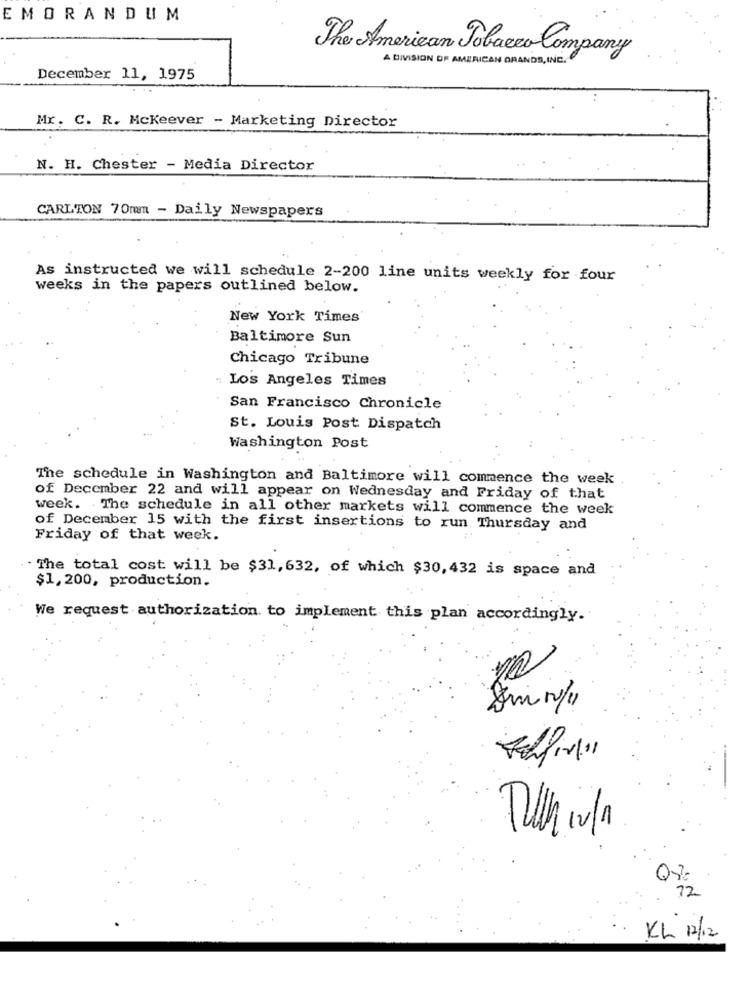
EMORANDUM
The American Tobacco Company
A DIVISION OF AMERICAN GRANDS, INC.
December 11, 1975
Mr. C. R. Mckeever - Marketing Director
N. H. Chester - Media Director
CARLTON 70mm - Daily Newspapers
As instructed we will schedule 2-200 line units weekly for four
weeks in the papers outlined below.
New York Times'
Baltimore Sun
Chicago Tribune
: Los Angeles Times
San Francisco Chronicle
St. Louis Post Dispatch
Washington Post
The schedule in Washington and Baltimore will commence the week
of December 22 and will appear on Wednesday and Friday of that
week. The schedule in all other markets will commence the week
of December 15 with the first insertions to run Thursday and
Friday of that week.
The total cost will be $31, 632, of which $30, 432 is space and
$1,200, production.
We request authorization to implement this plan accordingly.
Fachfin!"
72
KL 12/12